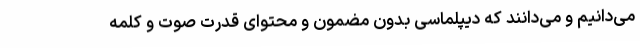
می‌دانیم و می‌دانند که دیپلماسی بدون مضمون و محتوای قدرت صوت و کلمه